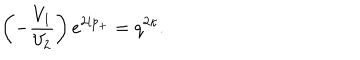
\left( - \frac { V _ { 1 } } { V _ { 2 } } \right) e ^ { 2 i p _ { + } } = q ^ { 2 \kappa } .